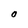
Character: O